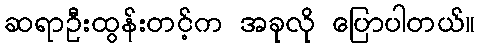
ဆရာဦးထွန်းတင့်က အခုလို ပြောပါတယ်။